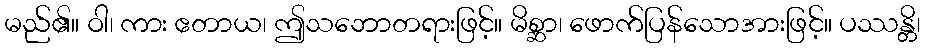
မည်၏။ ဝါ၊ ကား ဧတာယ၊ ဤသဘောတရားဖြင့်။ မိစ္ဆာ၊ ဖောက်ပြန်သောအားဖြင့်။ ပဿန္တိ၊